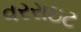
વરરાઇટ